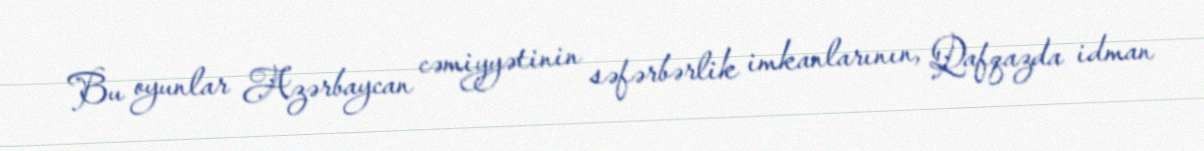
Bu oyunlar Azərbaycan cəmiyyətinin səfərbərlik imkanlarının, Qafqazda idman